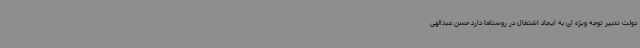
دولت تدبیر توجه ویژه ای به ایجاد اشتغال در روستاها دارد حسن عبدالهی